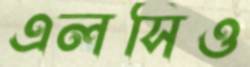
এলসিও